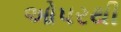
ઓપરથી